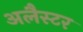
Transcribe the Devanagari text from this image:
अलैस्टर